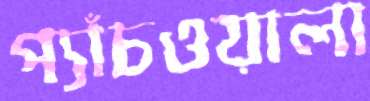
প্যাঁচওয়ালা